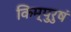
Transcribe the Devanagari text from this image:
किम्पुरुषं